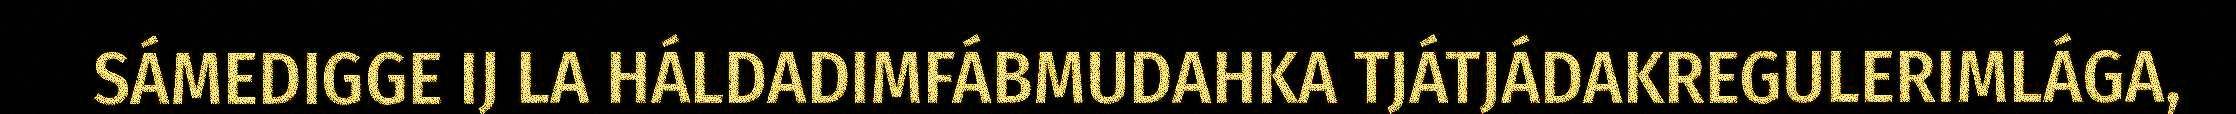
SÁMEDIGGE IJ LA HÁLDADIMFÁBMUDAHKA TJÁTJÁDAKREGULERIMLÁGA,